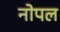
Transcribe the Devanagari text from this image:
नोपल